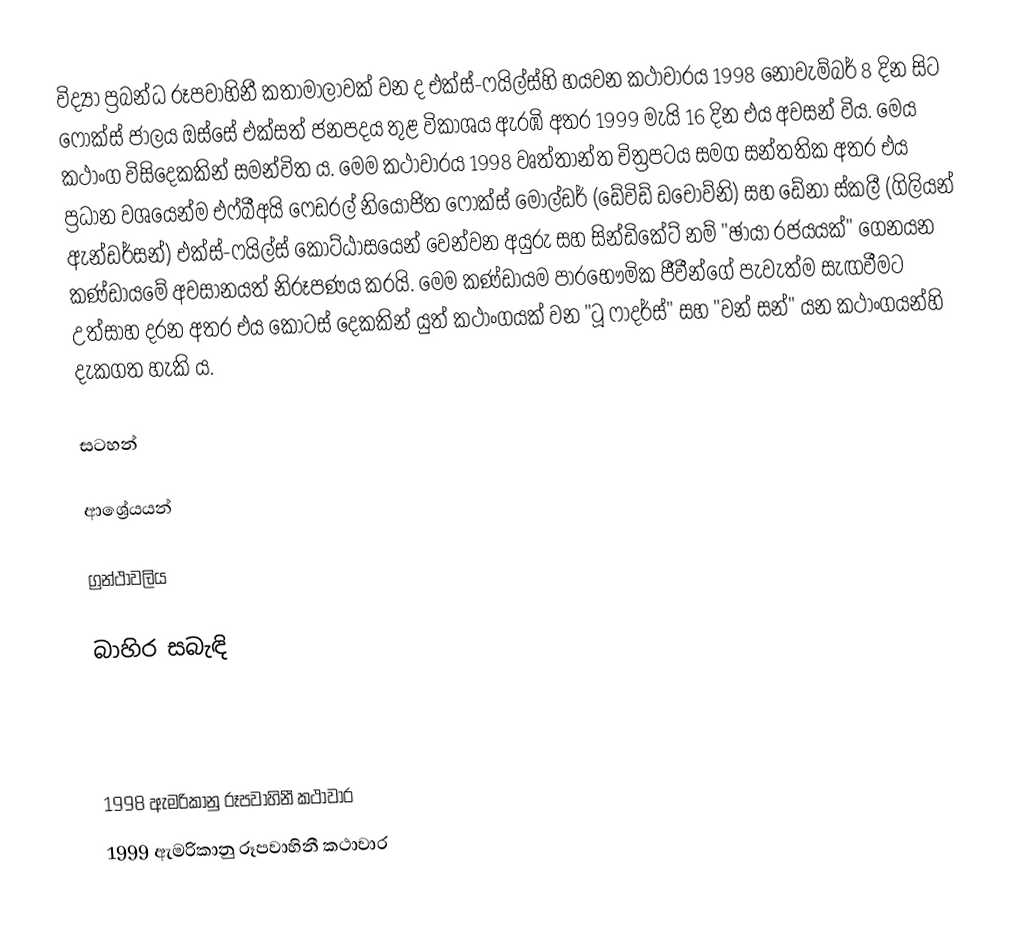
විද්‍යා ප්‍රබන්ධ රූපවාහිනී කතාමාලාවක් වන ද එක්ස්-ෆයිල්ස්හි හයවන කථාවාරය 1998 නොවැම්බර් 8 දින සිට ෆොක්ස් ජාලය ඔස්සේ එක්සත් ජනපදය තුළ විකාශය ඇරඹි අතර 1999 මැයි 16 දින එය අවසන් විය. මෙය කථාංග විසිදෙකකින් සමන්විත ය. මෙම කථාවාරය 1998 වෘත්තාන්ත චිත්‍රපටය සමග සන්තතික අතර එය ප්‍රධාන වශයෙන්ම එෆ්බීඅයි ෆෙඩරල් නියෝජිත ෆොක්ස් මෝල්ඩර් (ඩේවිඩ් ඩචොව්නි) සහ ඩේනා ස්කලී (ගිලියන් ඇන්ඩර්සන්) එක්ස්-ෆයිල්ස් කොට්ඨාසයෙන් වෙන්වන අයුරු සහ සින්ඩිකේට් නම් "ඡායා රජයයක්" ගෙනයන කණ්ඩායමේ අවසානයත් නිරූපණය කරයි. මෙම කණ්ඩායම පාරභෞමික ජීවීන්ගේ පැවැත්ම සැඟවීමට උත්සාහ දරන අතර එය කොටස් දෙකකින් යුත් කථාංගයක් වන "ටූ ෆාදර්ස්" සහ "වන් සන්" යන කථාංගයන්හි දැකගත හැකි ය.

සටහන්

ආශ්‍රේයයන්

ග්‍රන්ථාවලිය

බාහිර සබැඳි

1998 ඇමරිකානු රූපවාහිනී කථාවාර
1999 ඇමරිකානු රූපවාහිනී කථාවාර